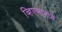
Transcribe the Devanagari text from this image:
व्हिएन्नामध्ये